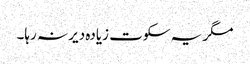
مگر یہ سکوت زیادہ دیر نہ رہا۔